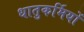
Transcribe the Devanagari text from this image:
धातुकर्मियों